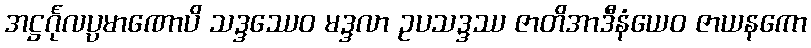
အဋ္ဌင်္ဂုလပ္ပမာဏောပိ သဒ္ဒဿေဝ မဒ္ဒလာ ဥပသဒ္ဒဿ ဇာတိအာဒီနံယေဝ ဇာယနကော